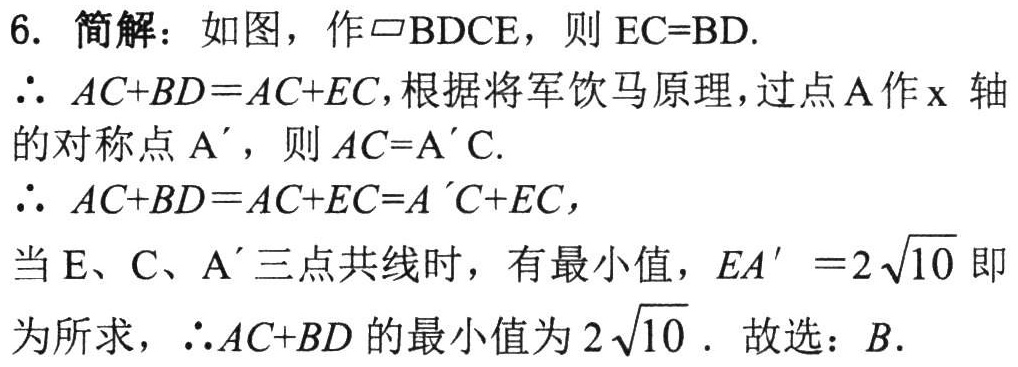
6. 简解：如图，作$\square BDCE$，则$EC = BD$.

$\therefore AC + BD = AC + EC$，根据将军饮马原理，过点$A$作$x$轴的对称点$A'$，则$AC = A'C$.

$\therefore AC + BD = AC + EC = A'C + EC$，

当$E$、$C$、$A'$三点共线时，有最小值，$EA' = 2\sqrt{10}$即为所求，$\therefore AC + BD$的最小值为$2\sqrt{10}$. 故选：$B$.